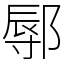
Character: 鄏